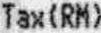
TAX(RM)